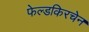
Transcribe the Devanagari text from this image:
फेल्डकिरचेन